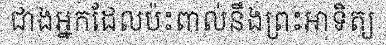
ជាងអ្នកដែលប៉ះពាល់នឹងព្រះអាទិត្យ